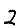
Digit: 2